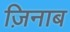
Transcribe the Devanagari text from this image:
ज़िनाब